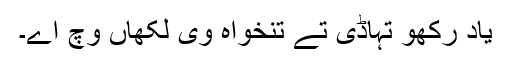
یاد رکھو تہاڈی تے تنخواہ وی لکھاں وچ اے۔